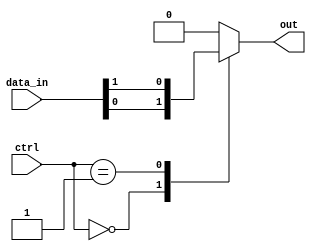
module mux_1024to1(
    input [1023:0] data_in,
    input [9:0] ctrl,
    output reg out
);

always @(*) begin
    case(ctrl)
        10'b0000000000: out = data_in[0];
        10'b0000000001: out = data_in[1];
        // Continue with cases for each input line up to 1023
        // 10'b1111111111: out = data_in[1023];
        default: out = 1'b0; // Default case, output 0 if control signal is invalid
    endcase
end

endmodule